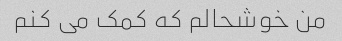
من خوشحالم که کمک می کنم